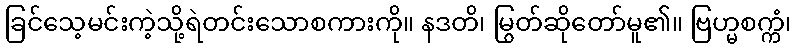
ခြင်သေ့မင်းကဲ့သို့ရဲတင်းသောစကားကို။ နဒတိ၊ မြွတ်ဆိုတော်မူ၏။ ဗြဟ္မစက္ကံ၊